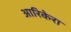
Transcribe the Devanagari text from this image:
आरिकेरा